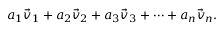
a _ { 1 } { \vec { v } } _ { 1 } + a _ { 2 } { \vec { v } } _ { 2 } + a _ { 3 } { \vec { v } } _ { 3 } + \cdots + a _ { n } { \vec { v } } _ { n } .